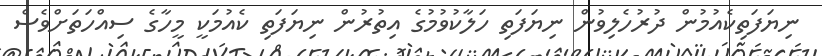
ނިޔަފަތިކެއުމުން ދުރުހެލިވުން ނިޔަފަތި ހަލާކުވުމުގެ އިތުރުން ނިޔަފަތި ކެއުމަކީ މީހާގެ ސިއްހަތަށްވެސް